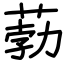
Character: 葧